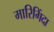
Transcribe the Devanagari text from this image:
मारिगिंदा